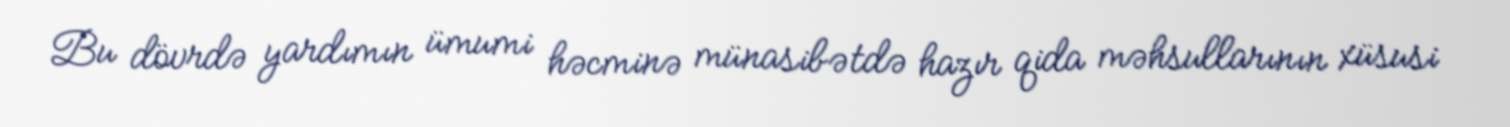
Bu dövrdə yardımın ümumi həcminə münasibətdə hazır qida məhsullarının xüsusi